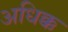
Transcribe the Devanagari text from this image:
अधिक्क